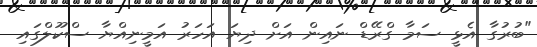
"ބުރުގާ އެޅީ ސަމާ ގްރޭޑް ނައިން އަށް ދިޔަ އަހަރު އަމީނިއްޔާ ސްކޫލްގައި